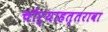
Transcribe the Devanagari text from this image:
चौर्‍याहत्तरावा